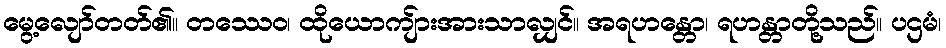
မွေ့လျော်တတ်၏။ တဿေဝ၊ ထိုယောကျ်ားအားသာလျှင်။ အရဟန္တော၊ ရဟန္တာတို့သည်။ ပဌမံ၊